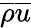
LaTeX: \overline{{\rho}}\overline{{u}}